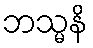
ဘသ္မနိ